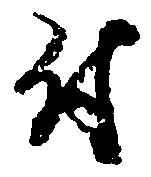
付